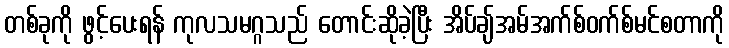
တစ်ခုကို ဖွင့်ပေးရန် ကုလသမဂ္ဂသည် တောင်းဆိုခဲ့ပြီး အိပ်ချ်အမ်အက်စ်ဝက်စ်မင်စတာကို